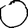
Digit: 0